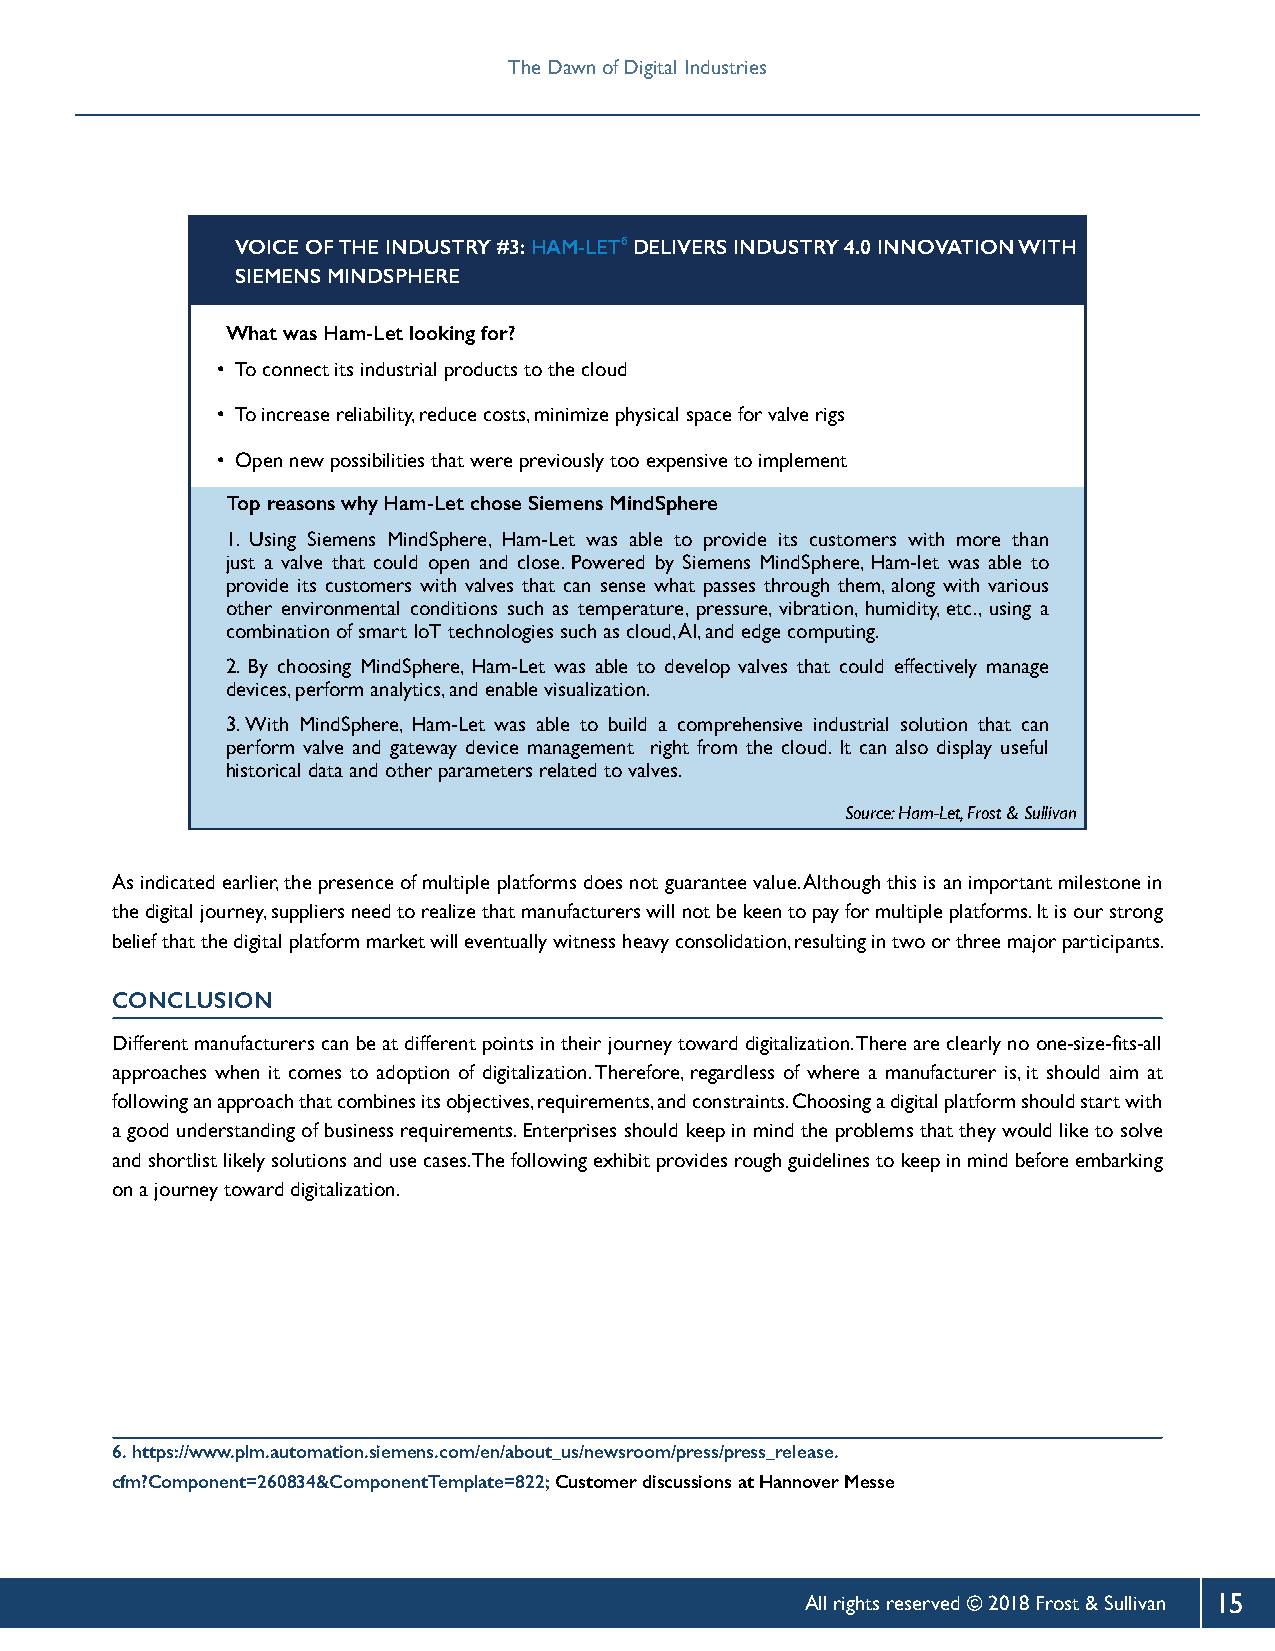
The Dawn of Digital Industries    The Dawn of Digital Industries
 VOICE OF THE INDUSTRY #3: HAM-LET⁶ DELIVERS INDUSTRY 4.0 INNOVATION WITH
 SIEMENS MINDSPHERE
 What was Ham-Let looking for?
 • To connect its industrial products to the cloud
 • To increase reliability, reduce costs, minimize physical space for valve rigs
 • Open new possibilities that were previously too expensive to implement
 Top reasons why Ham-Let chose Siemens MindSphere
 1. Using Siemens MindSphere, Ham-Let was able to provide its customers with more than
 just a valve that could open and close. Powered by Siemens MindSphere, Ham-let was able to
 provide its customers with valves that can sense what passes through them, along with various
 other environmental conditions such as temperature, pressure, vibration, humidity, etc., using a
 combination of smart IoT technologies such as cloud, AI, and edge computing.
 2. By choosing MindSphere, Ham-Let was able to develop valves that could effectively manage
 devices, perform analytics, and enable visualization.
 3. With MindSphere, Ham-Let was able to build a comprehensive industrial solution that can
 perform valve and gateway device management right from the cloud. It can also display useful
 historical data and other parameters related to valves.
 Source: Ham-Let, Frost & Sullivan
 As indicated earlier, the presence of multiple platforms does not guarantee value. Although this is an important milestone in
 the digital journey, suppliers need to realize that manufacturers will not be keen to pay for multiple platforms. It is our strong
 belief that the digital platform market will eventually witness heavy consolidation, resulting in two or three major participants.
 CONCLUSION
 Different manufacturers can be at different points in their journey toward digitalization. There are clearly no one-size-fits-all
 approaches when it comes to adoption of digitalization. Therefore, regardless of where a manufacturer is, it should aim at
 following an approach that combines its objectives, requirements, and constraints. Choosing a digital platform should start with
 a good understanding of business requirements. Enterprises should keep in mind the problems that they would like to solve
 and shortlist likely solutions and use cases. The following exhibit provides rough guidelines to keep in mind before embarking
 on a journey toward digitalization.
 6. https://www.plm.automation.siemens.com/en/about_us/newsroom/press/press_release.
 cfm?Component=260834&ComponentTemplate=822; Customer discussions at Hannover Messe
 All rights reserved © 2018 Frost & Sullivan 15